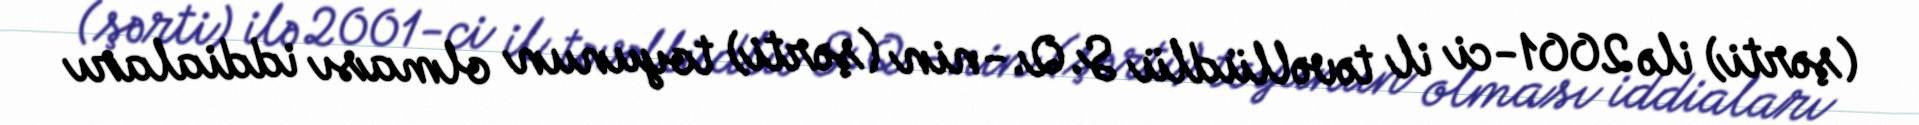
(şərti) ilə 2001-ci il təvəllüdlü S.Q.-nin (şərti) toyunun olması iddiaları